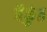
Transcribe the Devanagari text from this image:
बैकुंठ